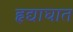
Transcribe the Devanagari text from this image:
हृद्याघात